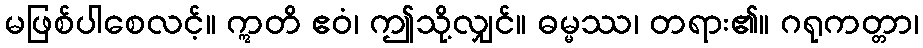
မဖြစ်ပါစေလင့်။ ဣတိ ဧဝံ၊ ဤသို့လျှင်။ ဓမ္မဿ၊ တရား၏။ ဂရုကတ္တာ၊